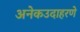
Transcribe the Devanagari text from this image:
अनेकउदाहरणे